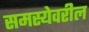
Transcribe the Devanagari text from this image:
समस्येवरील